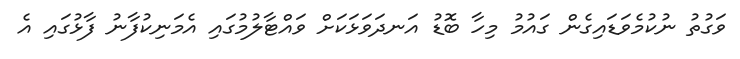
ވަގުތު ނުކުމެވަޑައިގެން ގައުމު މިހާ ބޮޑު އަނދަވަޅަކަށް ވައްޓާލުމުގައި އެމަނިކުފާނު ފާޅުގައި އެ